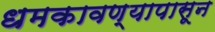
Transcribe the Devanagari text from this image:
धमकावण्यापासून